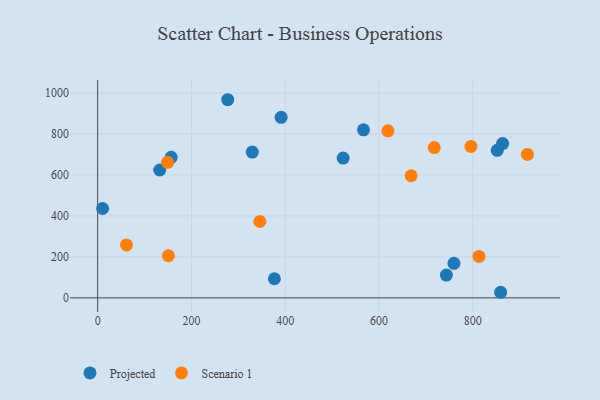
{"axis": {"x": "Engine Size", "y": "Sales"}, "legend": ["Projected", "Scenario 1"], "data": [{"x": "566.9", "y": 820.5, "type": "Projected"}, {"x": "391.2", "y": 881.6, "type": "Projected"}, {"x": "863.6", "y": 753.2, "type": "Projected"}, {"x": "156.7", "y": 686.4, "type": "Projected"}, {"x": "859.4", "y": 27.3, "type": "Projected"}, {"x": "10.5", "y": 436.3, "type": "Projected"}, {"x": "132.3", "y": 624.3, "type": "Projected"}, {"x": "376.9", "y": 93.4, "type": "Projected"}, {"x": "743.7", "y": 111.2, "type": "Projected"}, {"x": "852.1", "y": 720.4, "type": "Projected"}, {"x": "329.7", "y": 712.1, "type": "Projected"}, {"x": "277.3", "y": 967.5, "type": "Projected"}, {"x": "759.8", "y": 168.5, "type": "Projected"}, {"x": "523.5", "y": 682.5, "type": "Projected"}, {"x": "618.9", "y": 815.7, "type": "Scenario 1"}, {"x": "796.0", "y": 739.4, "type": "Scenario 1"}, {"x": "813.3", "y": 202.2, "type": "Scenario 1"}, {"x": "668.6", "y": 596.4, "type": "Scenario 1"}, {"x": "916.4", "y": 700.2, "type": "Scenario 1"}, {"x": "345.8", "y": 372.9, "type": "Scenario 1"}, {"x": "61.4", "y": 258.7, "type": "Scenario 1"}, {"x": "150.7", "y": 205.7, "type": "Scenario 1"}, {"x": "149.2", "y": 661.9, "type": "Scenario 1"}, {"x": "717.8", "y": 733.7, "type": "Scenario 1"}]}